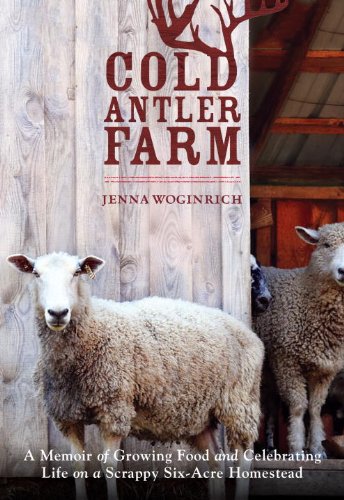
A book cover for Cold Antler Farm: A Memoir of Growing Food and Celebrating Life on a Scrappy Six-Acre Homestead; Jenna Woginrich; Crafts, Hobbies & Home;